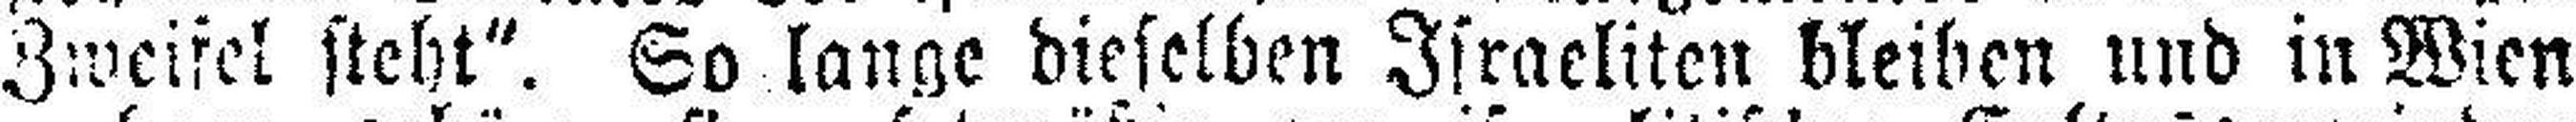
Zweifel steht“. So lange dieselben Israeliten bleiben und in Wien